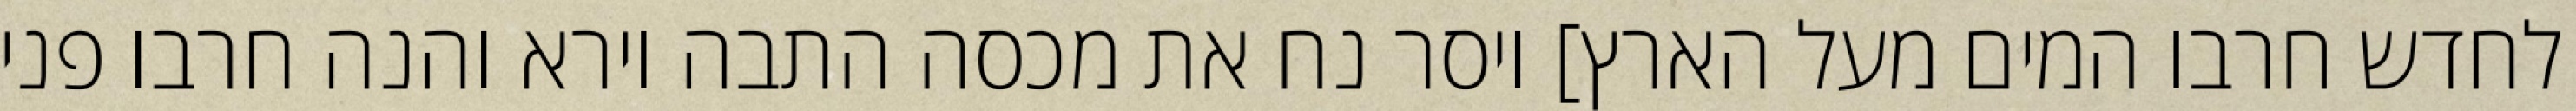
לחדש חרבו המים מעל הארץ] ויסר נח את מכסה התבה וירא והנה חרבו פני